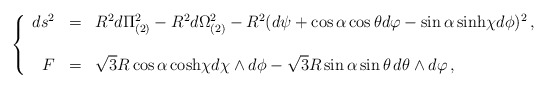
\begin{align*}\left\{ \begin{array}{rcl}ds^{2} & = & R^{2}d\Pi_{(2)}^{2} -R^{2}d\Omega_{(2)}^{2}-R^{2}(d\psi +\cos{\alpha} \cos{\theta} d\varphi -\sin{\alpha}\, {\rm sinh} \chi d\phi)^{2}\, ,\\& & \\F & = & \sqrt{3}R\cos{\alpha}\, {\rm cosh} \chi d\chi\wedge d\phi-\sqrt{3}R\sin{\alpha}\sin{\theta}\, d\theta\wedge d\varphi\, ,\\ \end{array}\right.\end{align*}